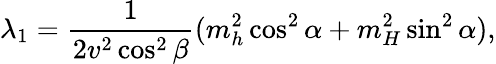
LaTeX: \lambda_{1}=\frac{1}{2v^{2}\cos^{2}\beta}(m_{h}^{2}\cos^{2}\alpha+m_{H}^{2}\sin^{2}\alpha),